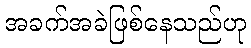
အခက်အခဲဖြစ်နေသည်ဟု